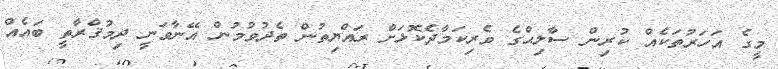
މީގެ އަހަރުތަކެއް ކުރިން ސާލިޙްގެ ވެރިކަމާދެކޮޅަށް ރައްޔިތުން ތެދުވުމުން އޭނާވަނީ ދިމުޤްރާތީ ބައެއް